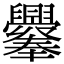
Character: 𦧁